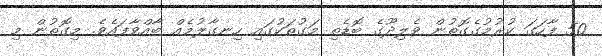
50 ފާހަގަ ކުރުމުގެގޮތުން ވެލިދޫގެ ބޮޑެތި މަގުތަކުގައި ހިނގާލުމެއް ބާއްވާފައެވެ. މިގޮތުން މި